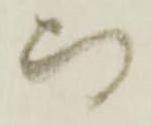
而